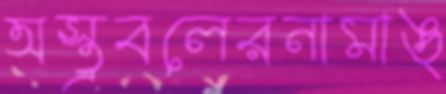
অস্ত্রবলেরনামাঙ্